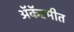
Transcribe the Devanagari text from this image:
ॲकॅडमीत